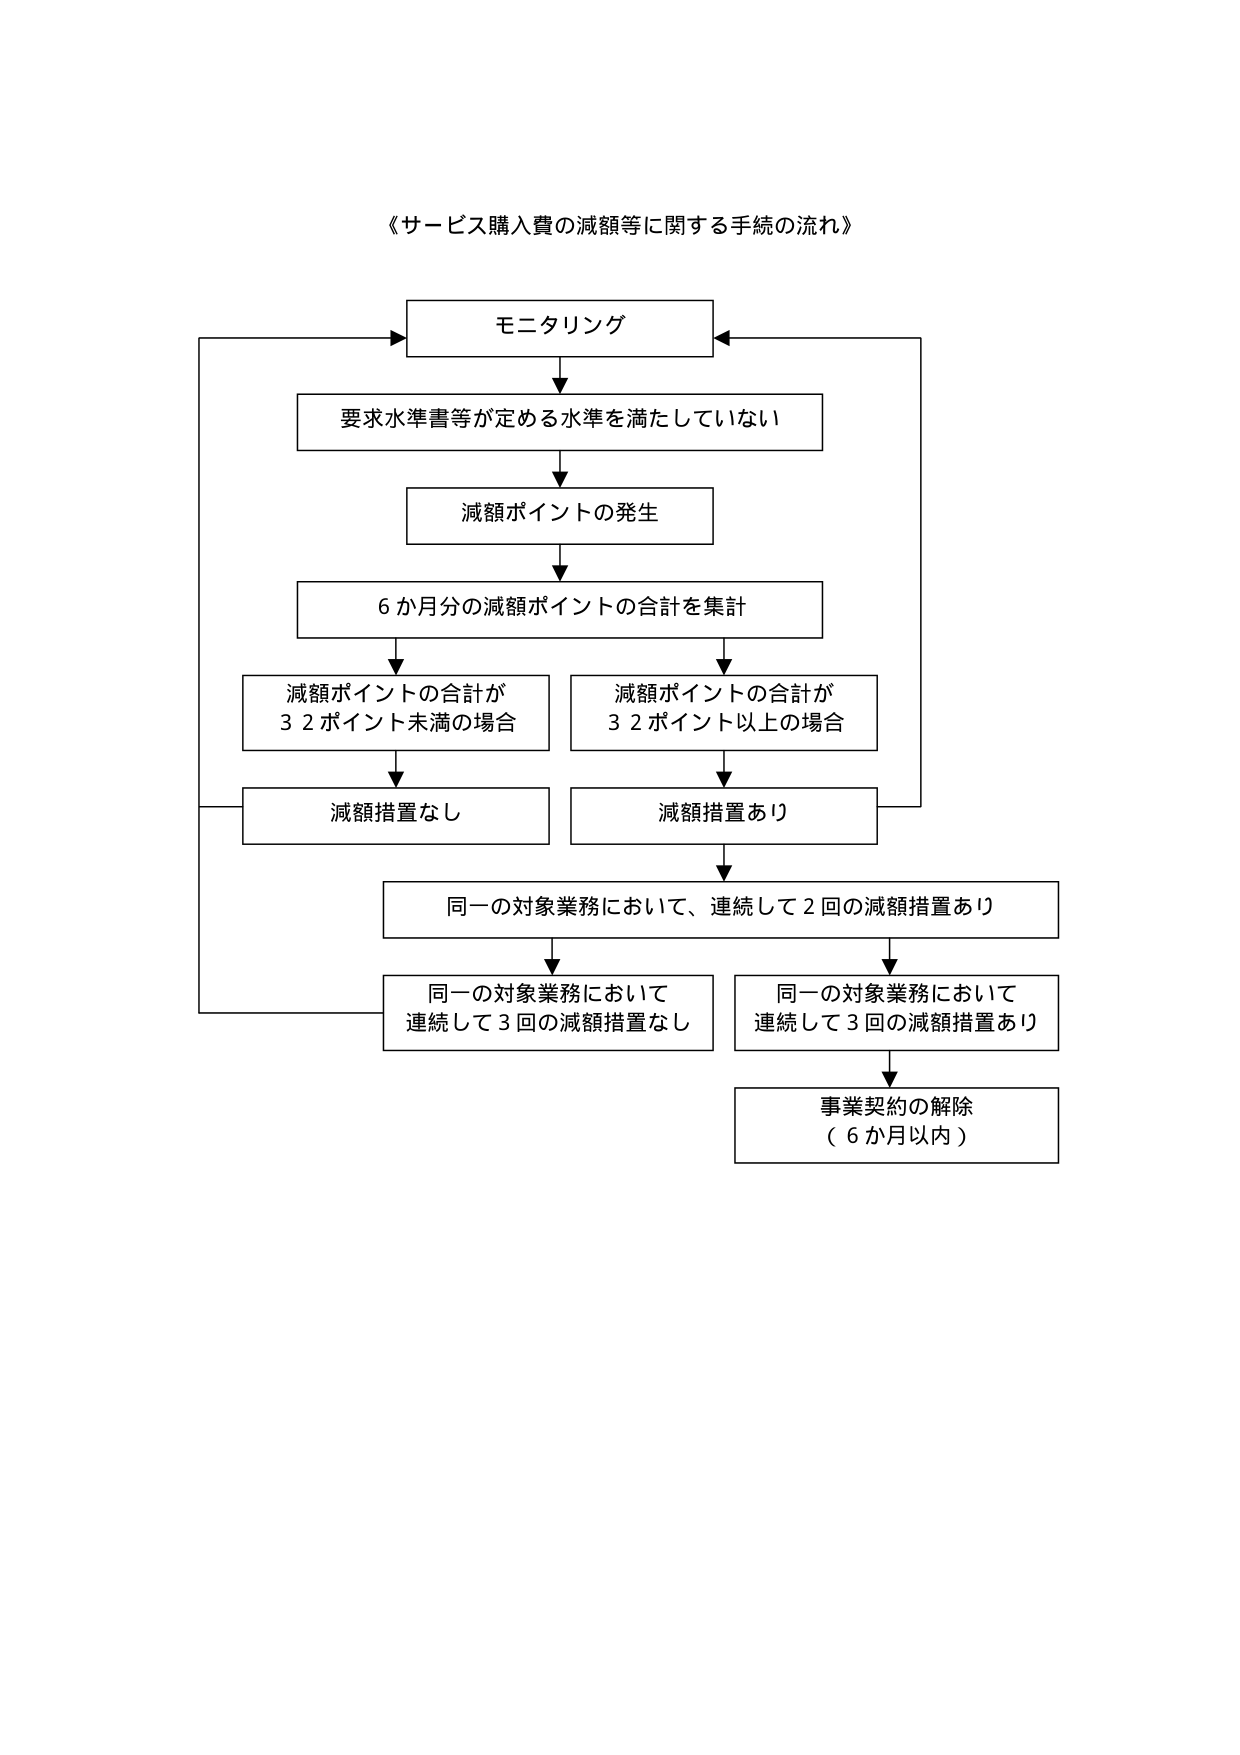
《サービス購入費の減額等に関する手続の流れ》

モニタリング

要求水準書等が定める水準を満たしていない

減額ポイントの発生

6か月分の減額ポイントの合計を集計

減額ポイントの合計が
32ポイント未満の場合

減額ポイントの合計が
32ポイント以上の場合

減額措置なし

減額措置あり

同一の対象業務において、連続して2回の減額措置あり

同一の対象業務において
連続して3回の減額措置なし

同一の対象業務において
連続して3回の減額措置あり

事業契約の解除
（6か月以内）